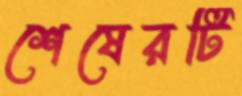
শেষেরটি